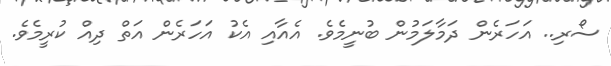
ސޯރި.. އަހަރެން ދަމާލަމުން ބުނީމެވެ. އެއާއި އެކު އަހަރެން އަތް ދިއް ކުރީމެވެ.